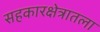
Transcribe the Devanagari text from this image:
सहकारक्षेत्रातला